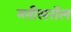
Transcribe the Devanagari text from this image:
ग्लीसरॉल